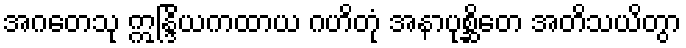
အဂတေသု ဣန္ဒြိယကထာယ ဂဟိတုံ အနာပုစ္ဆိတေ အတိသယိတွာ